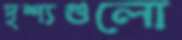
দৃশ্যগুলো